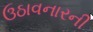
ઉઠાવનારની